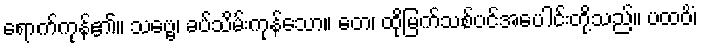
ရောက်ကုန်၏။ သဗ္ဗေ၊ ခပ်သိမ်းကုန်သော။ တေ၊ ထိုမြက်သစ်ပင်အပေါင်းတို့သည်။ ပထဝိံ၊